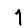
Digit: 1